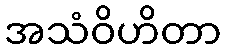
အသံဝိဟိတာ